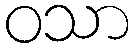
ဝသာ